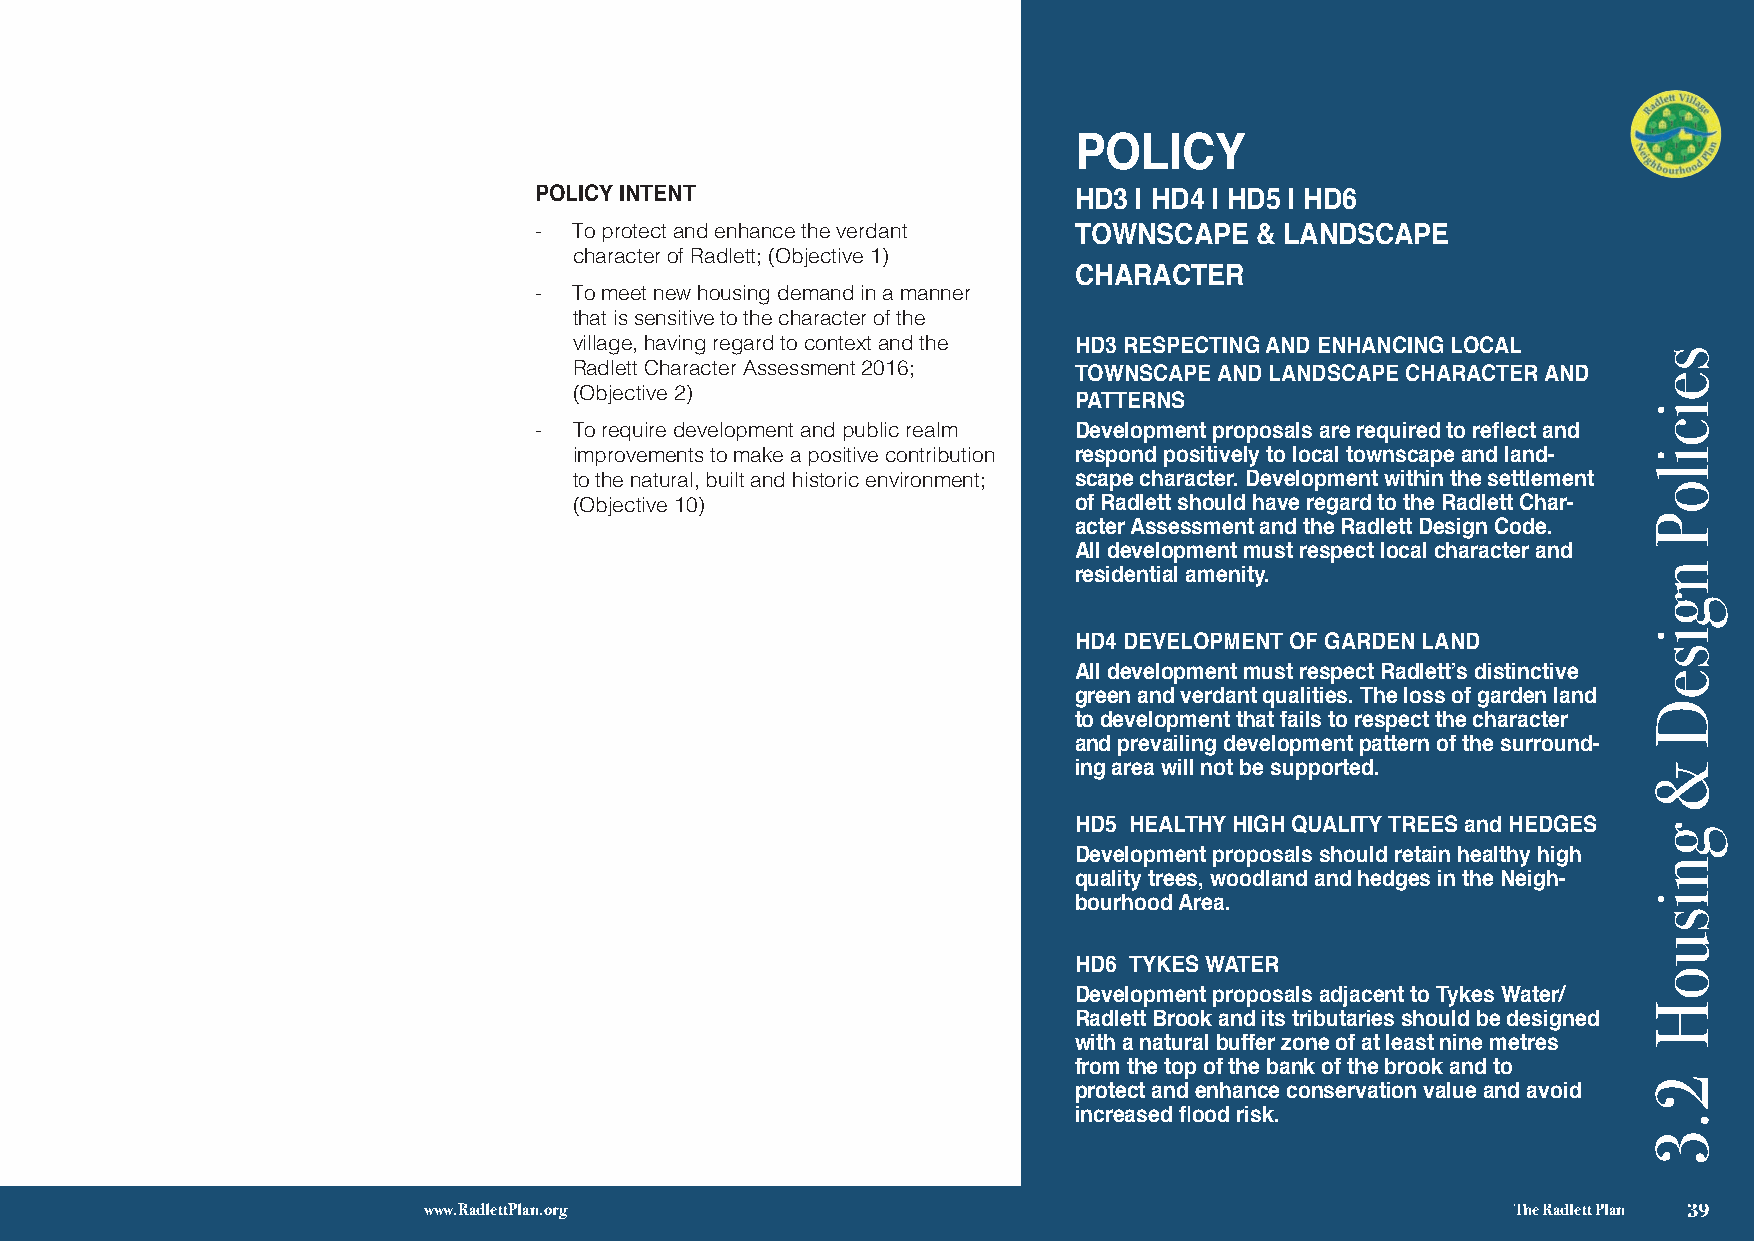
POLICY
 POLICY INTENT                       HD3 | HD4 | HD5 | HD6
 -  To protect and enhance the verdant TOWNSCAPE & LANDSCAPE
 character of Radlett; (Objective 1)
 CHARACTER
 -  To meet new housing demand in a manner
 that is sensitive to the character of the
 village, having regard to context and the HD3 RESPECTING AND ENHANCING LOCAL
 Radlett Character Assessment 2016;
 TOWNSCAPE AND LANDSCAPE CHARACTER AND
 (Objective 2)
 PATTERNS
 -  To require development and public realm Development proposals are required to reflect and
 improvements to make a positive contribution respond positively to local townscape and land-
 to the natural, built and historic environment; scape character. Development within the settlement
 (Objective 10)                   of Radlett should have regard to the Radlett Char-
 acter Assessment and the Radlett Design Code.
 All development must respect local character and
 residential amenity.
 HD4 DEVELOPMENT OF GARDEN LAND
 All development must respect Radlett’s distinctive
 green and verdant qualities. The loss of garden land
 to development that fails to respect the character
 and prevailing development pattern of the surround-
 ing area will not be supported.
 HD5 HEALTHY HIGH QUALITY TREES and HEDGES
 Development proposals should retain healthy high
 quality trees, woodland and hedges in the Neigh-
 bourhood Area.
 HD6 TYKES WATER
 Development proposals adjacent to Tykes Water/
 Radlett Brook and its tributaries should be designed
 with a natural buffer zone of at least nine metres
 from the top of the bank of the brook and to
 protect and enhance conservation value and avoid
 increased flood risk.
 THE RADLETT DESIGN CODE
 √ 3
 www.RadlettPlan.org                                                     The Radlett Plan 39
 seiciloP
 ngiseD
 &
 gnisuoH
 2.3